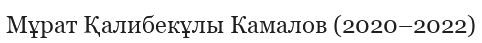
Мұрат Қалибекұлы Камалов (2020–2022)